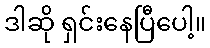
ဒါဆို ရှင်းနေပြီပေါ့။